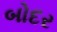
બોદર